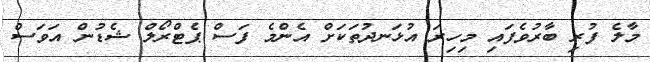
މާލެ ފުރި ބާރުވެފައި މިހިރަ އުޅަނދުތަކަށް އެންމެ ފަސް ޕެޓްރޯލް ޝެޑުން އަވަސް